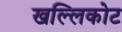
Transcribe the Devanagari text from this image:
खल्लिकोट